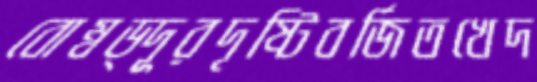
বোম্বড্দূরদৃষ্টিবর্জিতখেদ